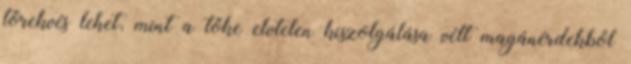
törekvés lehet, mint a tőke elvtelen kiszolgálása vélt magánérdekből